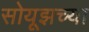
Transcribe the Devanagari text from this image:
सोयूझच्या